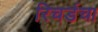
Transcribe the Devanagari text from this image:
रिचर्डचा